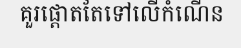
គួរផ្តោតតែទៅលើកំណើន